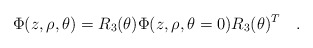
\begin{align*}\Phi(z,\rho,\theta)=R_3(\theta)\Phi(z,\rho,\theta=0)R_3(\theta)^T\quad.\end{align*}